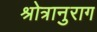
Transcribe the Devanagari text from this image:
श्रोत्रानुराग